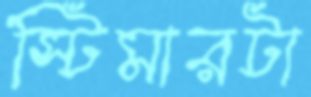
স্টিমারটা